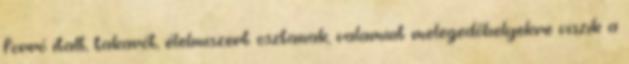
forró italt, takarót, élelmiszert osztanak, valamint melegedőhelyekre viszik a